Vaccination in Bombay 1902-1912 - 1902-1912
Year: 1902
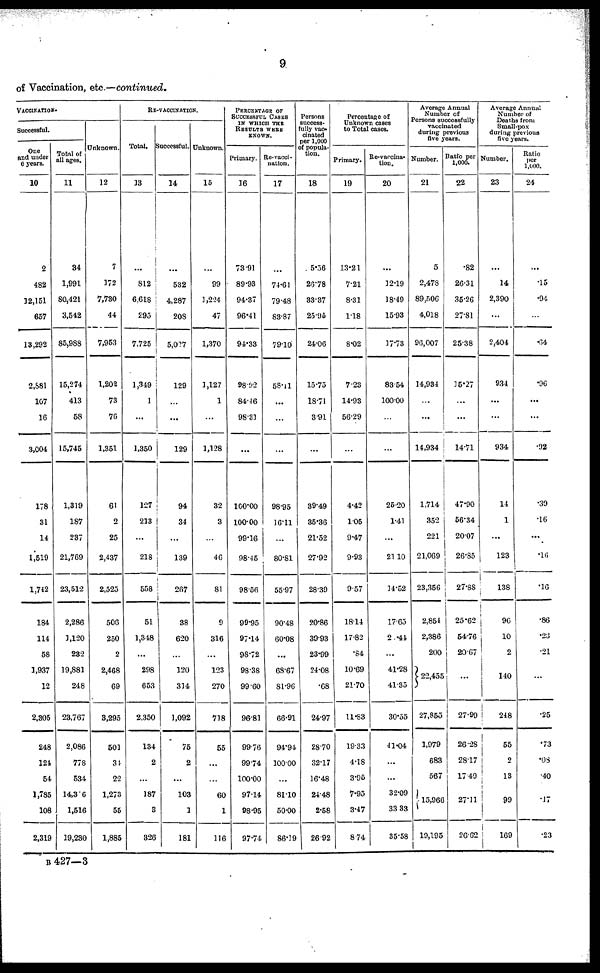
9
of Vaccination, etc.—continued.
VACCINATION.
Successful.
One
and under
6 years.
10
2
482
12,151
657
13,292
2,881
107
16
3,004
178
31
14
1,519
1,742
184
114
58
1,937
12
2,305
248
124
54
1,785
108
2,319
Total of
all ages.
11
34
1,991
80,421
3,542
85,988
15,274
413
58
15,745
1,319
187
237
21,769
23,512
2,286
1,120
232
19,881
248
23,767
2,086
778
534
14,316
1,516
19,280
Unknown.
12
7
172
7,730
44
7,953
1,202
73
76
1,351
61
2
25
2,437
2,525
506
250
2
2,468
69
3,295
501
34
22
1,273
55
1,885
RE-VACCINATION.
Total.
13
...
812
6,618
295
7,725
1,349
1
...
1,350
127
213
...
218
558
51
1,348
...
298
653
2,350
134
2
...
187
3
326
Successful.
14
...
532
4,287
208
5,027
129
...
...
129
94
34
...
139
267
38
620
...
120
314
1,092
75
2
...
103
1
181
Unknown.
15
...
99
1,224
47
1,370
1,127
1
...
1,128
32
3
...
46
81
9
316
...
123
270
718
55
...
...
60
1
116
PERCENTAGE OF
SUCCESSFUL CASES
IN WHICH THE
RESULTS WERE
KNOWN.
Primary.
16
73.91
89.93
94.37
96.41
94.33
98.92
84.46
98.31
...
100.00
100.00
99.16
98.45
98.56
99.95
97.14
98.72
98.38
99. 60
96.81
99.76
99.74
100.00
97.14
98.95
97.74
Re-vacci-
nation.
17
...
74.61
79.48
83.87
79.10
58.11
...
...
...
98.95
16.11
...
80.81
55.97
90.48
60.08
...
68.67
81.96
66.91
94.94
100.00
...
81.10
50.00
86.39
Persons
success-
fully vac-
cinated
per 1,000
of popula-
tion.
18
5.56
26.78
33.37
25.95
24.06
15.75
18.71
3.91
...
39.49
35.36
21.52
27.92
28.39
20.86
39.93
23.99
24.08
.68
24.97
28.70
32.17
16.48
24.48
2.58
26.92
Percentage of
Unknown cases
to Total cases.
Primary.
19
13.21
7.21
8.31
1.18
8.02
7.23
14.93
56.29
...
4.42
1.05
9.47
9.93
9.57
18.14
17.82
.84
10.69
21.70
11.83
19.33
4.18
3.95
7.95
3.47
8.74
Re-vaccina-
tion.
20
...
12.19
18.49
15.93
17.73
83.54
100.00
...
...
25.20
1.41
...
21.10
14.52
17.65
2.44
...
41.28
41.35
30.55
41.04
...
...
32.09
33.33
35.58
Average Annual
Number of
Persons successfully
vaccinated
during previous
five years.
Number.
21
5
2,478
89,506
4,018
96,007
14,934
...
...
14,934
1,714
352
221
21,069
23,356
2,854
2,386
200
22,455
27,855
1,979
683
567
15,966
19,195
Ratio per
1,000.
22
.82
26.31
35.26
27.81
25.38
15.27
...
...
14.71
47.90
56.34
20.07
26.85
27.88
25.62
54.76
20.67
...
27.99
26.28
28.17
17.49
27.11
26.62
Average Annual
Number of
Deaths from
Small-pox
during previous
five years.
Number.
23
...
14
2,390
...
2,404
934
...
...
934
14
1
...
123
138
96
10
2
140
248
55
2
13
99
169
Ratio
per
1,000.
24
...
.15
.94
...
.64
.96
...
...
.92
.39
.16
...
.16
.16
.86
.23
.21
...
.25
.73
.08
.40
.17
.23
B 427—3